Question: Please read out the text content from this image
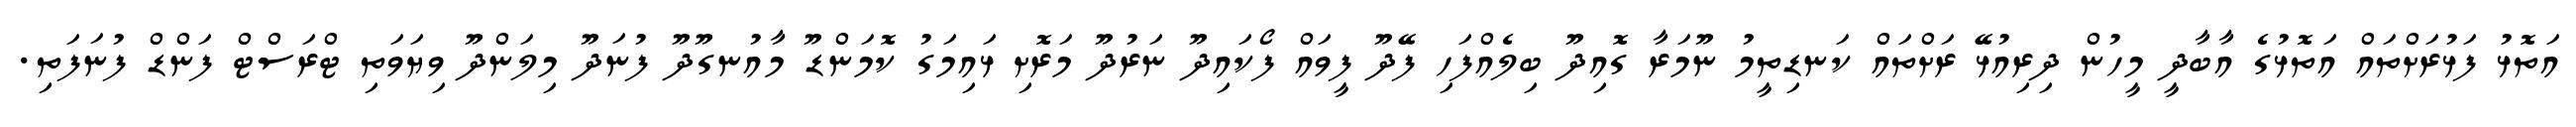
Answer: އަތޮޅު ފަޅުރަށްތައް އަތޮޅުގެ އާބާދީ މީހުން ދިރިއުޅޭ ރަށްތައް ކަނޑިތީމު ނޫމަރާ ގޮއިދޫ ބިލެއްފަހި ފޭދޫ ފީވައް ފޯކައިދޫ ނަރުދޫ މަރޮށި ޅައިމަގު ކޮމަންޑޫ މާއުނގޫދޫ ފުނަދޫ މިލަންދޫ ވިޔަވަތި ޓްރަސްޓް ފަންޑް ފުނަފަތި.